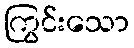
ကြွင်းသော